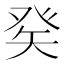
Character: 𤼩